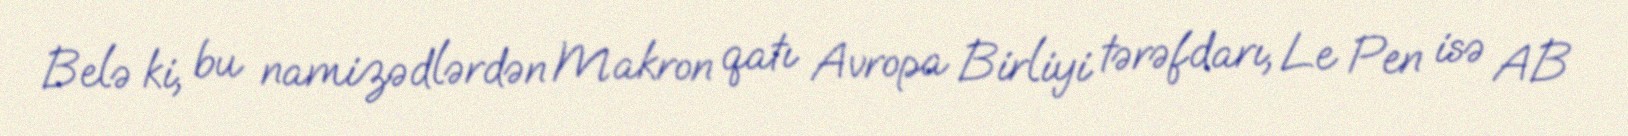
Belə ki, bu namizədlərdən Makron qatı Avropa Birliyi tərəfdarı, Le Pen isə AB